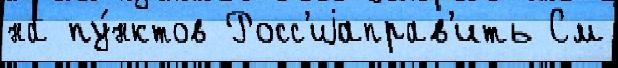
на пу́нктов Росс'иjаправ'ить См